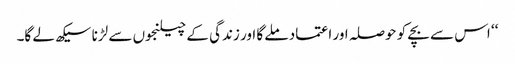
‘‘ اس سے بچے کو حوصلہ اور اعتماد ملے گا اور زندگی کے چیلنجوں سے لڑنا سیکھ لے گا۔